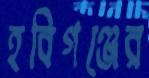
হবিগঞ্জের